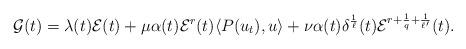
LaTeX: \begin{align*}\mathcal{G}(t)=\lambda(t) \mathcal{E}(t) + \mu \alpha(t)\mathcal{E}^r(t)\langle P(u_t), u\rangle +\nu \alpha(t) \delta^{\frac{1}{\ell}}(t) \mathcal{E}^{r+\frac{1}{q} +\frac{1}{\ell^{\prime}}}(t).\end{align*}